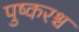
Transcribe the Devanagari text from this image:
पुष्करश्च